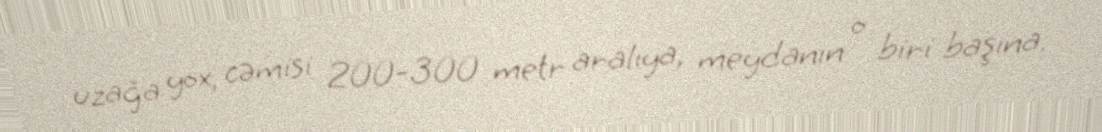
uzağa yox, cəmisi 200-300 metr aralıya, meydanın o biri başına.